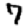
Digit: 7